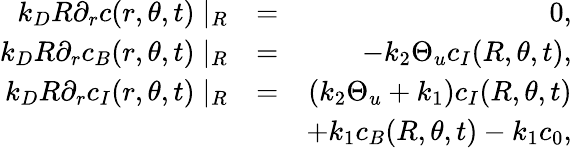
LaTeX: \begin{array}{rlr}{k_{D}R\partial_{r}c(r,\theta,t)\mid_{R}}&{=}&{0,}\\ {k_{D}R\partial_{r}c_{B}(r,\theta,t)\mid_{R}}&{=}&{-k_{2}\Theta_{u}c_{I}(R,\theta,t),}\\ {k_{D}R\partial_{r}c_{I}(r,\theta,t)\mid_{R}}&{=}&{(k_{2}\Theta_{u}+k_{1})c_{I}(R,\theta,t)}\\ &{}&{+k_{1}c_{B}(R,\theta,t)-k_{1}c_{0},}\end{array}